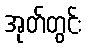
အုတ်တွင်း